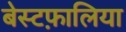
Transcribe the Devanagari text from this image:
बेस्टफ़ालिया